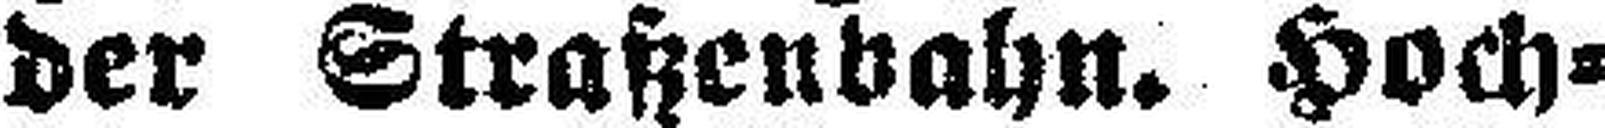
der Straßenbahn. Hoch¬